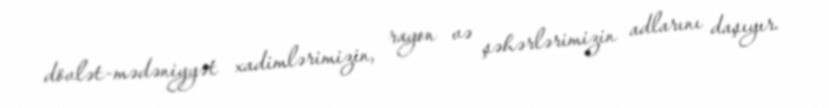
dövlət-mədəniyyət xadimlərimizin, rayon və şəhərlərimizin adlarını daşıyır.